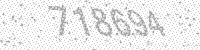
Solution: 718694